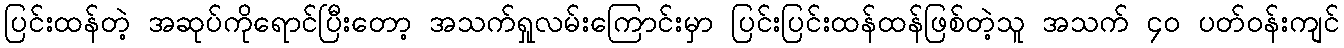
ပြင်းထန်တဲ့ အဆုပ်ကိုရောင်ပြီးတော့ အသက်ရှုလမ်းကြောင်းမှာ ပြင်းပြင်းထန်ထန်ဖြစ်တဲ့သူ အသက် ၄၀ ပတ်ဝန်းကျင်